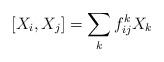
LaTeX: \begin{align*}[X_i,X_j]=\sum_k f_{ij}^k X_k\end{align*}